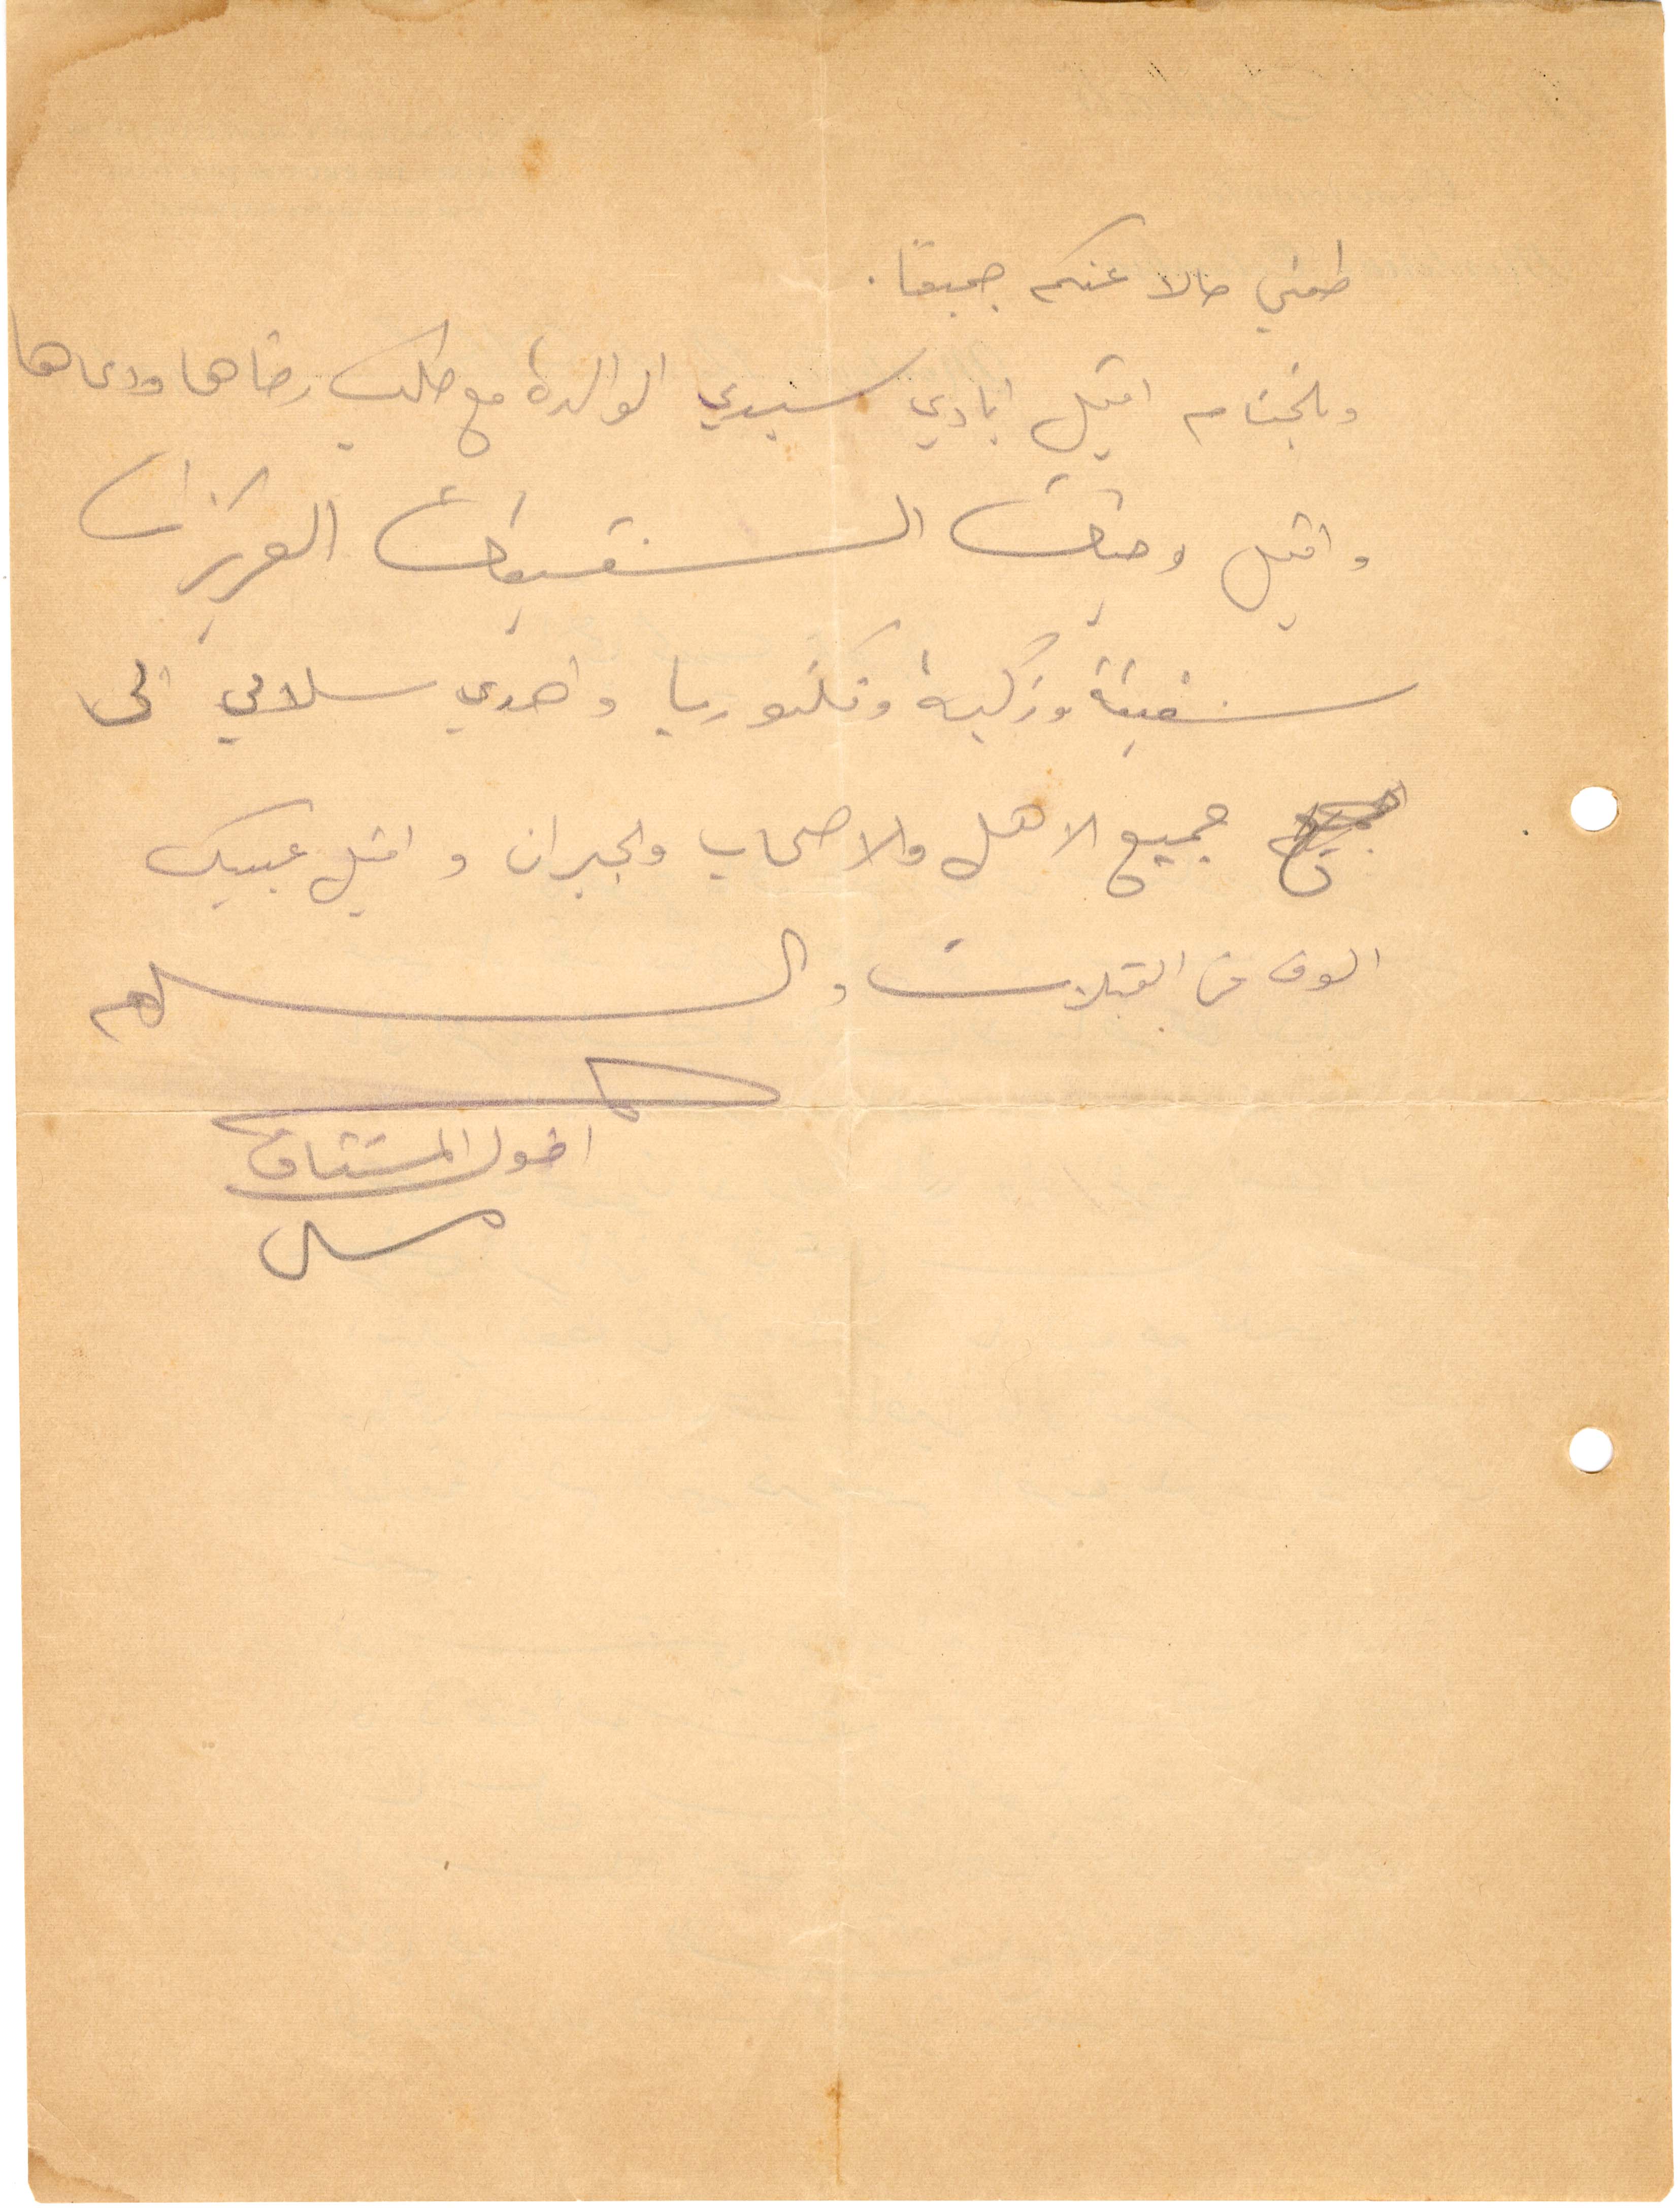
طمني حالاً عنكم جميعًا
وبالختام اقبل ايادي سيدتي الوالدة مع طلب رضاها ودعاها
واقبل وجنات الشقيقات العزيزات
شفيقة وزكية وفكتوريا وهدي سلامي الى
جميع الاهل والاصحاب والجيران واقبل عينيك
الوف من الفقبلات والسلام
اخوك المشتاق